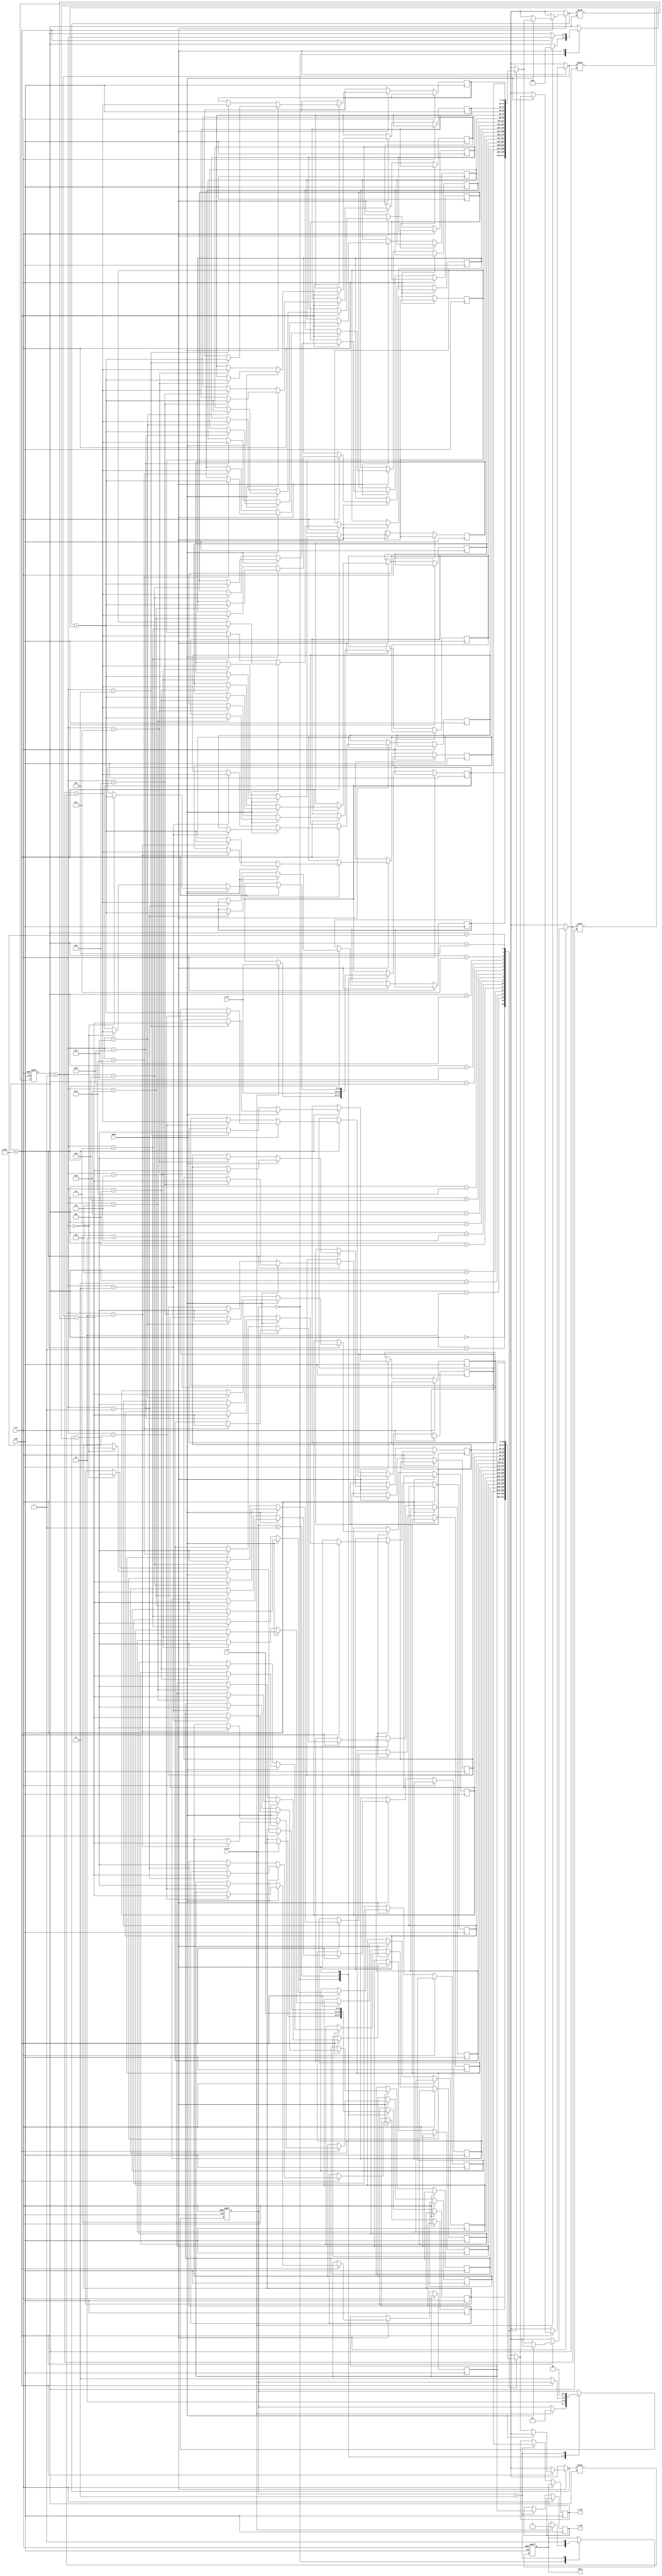
module modified_cordic #(
    parameter WIDTH = 16, // Width of the fixed-point representation
    parameter ITERATIONS = 16 // Number of CORDIC iterations
)(
    input wire clk,
    input wire rst,
    input wire start,
    input wire [WIDTH-1:0] x_in, // Input x coordinate
    input wire [WIDTH-1:0] y_in, // Input y coordinate
    input wire mode, // 0 for rotation, 1 for vectoring
    output reg [WIDTH-1:0] x_out, // Output x coordinate
    output reg [WIDTH-1:0] y_out, // Output y coordinate
    output reg done // Signal to indicate completion
);

    // Internal signals
    reg [WIDTH-1:0] x[0:ITERATIONS]; // x values for each iteration
    reg [WIDTH-1:0] y[0:ITERATIONS]; // y values for each iteration
    reg [WIDTH-1:0] angle[0:ITERATIONS]; // Predefined angles (arctan values)
    reg [4:0] iteration; // Iteration counter
    reg [1:0] state; // FSM state
    localparam IDLE = 2'b00, INIT = 2'b01, ITERATE = 2'b10, DONE = 2'b11;

    // Initialize angles (arctan values) for CORDIC
    initial begin
        angle[0] = 16'h26DD; // atan(1/1) in Q1.15 format
        angle[1] = 16'h1D8A; // atan(1/2) in Q1.15 format
        angle[2] = 16'h0FAD; // atan(1/4) in Q1.15 format
        // Add more angles as needed for more iterations
        // ...
    end

    // FSM for control logic
    always @(posedge clk or posedge rst) begin
        if (rst) begin
            state <= IDLE;
            iteration <= 0;
            done <= 0;
        end else begin
            case (state)
                IDLE: begin
                    if (start) begin
                        x[0] <= x_in;
                        y[0] <= y_in;
                        iteration <= 0;
                        done <= 0;
                        state <= INIT;
                    end
                end
                INIT: begin
                    // Initialize x and y for the first iteration
                    x[0] <= x_in;
                    y[0] <= y_in;
                    state <= ITERATE;
                end
                ITERATE: begin
                    if (iteration < ITERATIONS) begin
                        // CORDIC rotation or vectoring logic
                        if (mode == 0) begin // Rotation mode
                            x[iteration + 1] <= x[iteration] - (y[iteration] >>> iteration);
                            y[iteration + 1] <= y[iteration] + (x[iteration] >>> iteration);
                        end else begin // Vectoring mode
                            x[iteration + 1] <= x[iteration] - (y[iteration] >>> iteration);
                            y[iteration + 1] <= y[iteration] + (x[iteration] >>> iteration);
                        end
                        iteration <= iteration + 1;
                    end else begin
                        state <= DONE;
                    end
                end
                DONE: begin
                    x_out <= x[ITERATIONS];
                    y_out <= y[ITERATIONS];
                    done <= 1;
                    state <= IDLE; // Go back to IDLE after completion
                end
            endcase
        end
    end

endmodule